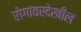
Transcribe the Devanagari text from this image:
रोगांवरदेखील